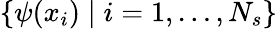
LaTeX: \{ \psi(x_{i})\mid i=1,\ldots,N_{s}\}